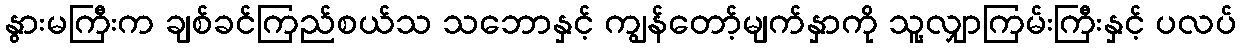
နွားမကြီးက ချစ်ခင်ကြည်စယ်သ သဘောနှင့် ကျွန်တော့်မျက်နှာကို သူ့လျှာကြမ်းကြီးနှင့် ပလပ်